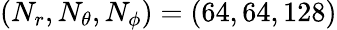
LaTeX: (N_{r},N_{\theta},N_{\phi})=(64,64,128)